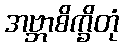
အဗ္ဘာစိက္ခိတုံ